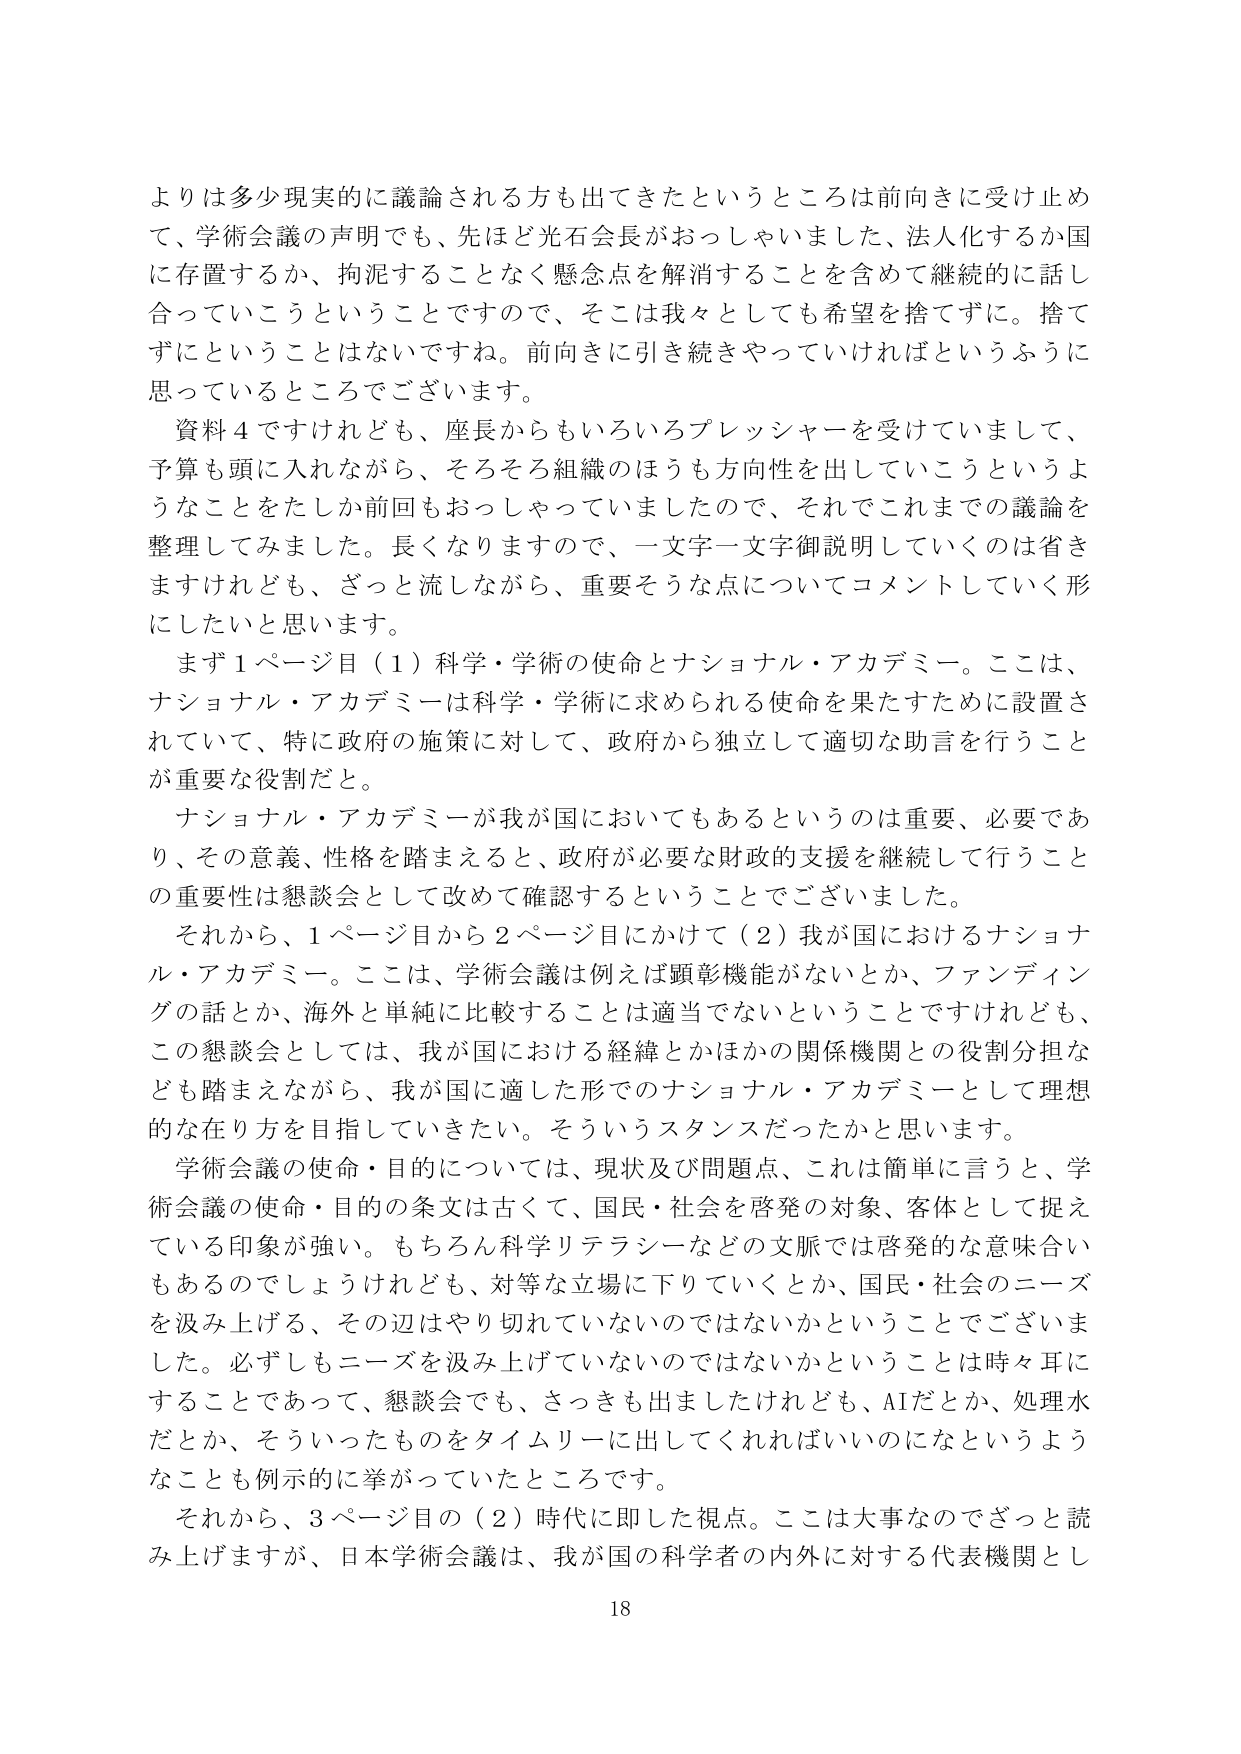
よりは多少現実的に議論される方も出てきたというところは前向きに受け止め
て、学術会議の声明でも、先ほど光石会長がおっしゃいました、法人化するか国
に存置するか、拘泥することなく懸念点を解消することを含めて継続的に話し
合っていこうということですので、そこは我々としても希望を捨てずに。捨て
ずとということはないですね。前向きに引き続きやっていければというふうに
思っているところでございます。
資料４ですけれども、座長からもいろいろプレッシャーを受けていまして、
予算も頭に入れながら、そろそろ組織のほうも方向性を出していこうというよ
うなことをたしか前回もおっしゃっていましたので、それでこれまでの議論を
整理してみました。長くなりますので、一字字一字字御説明していくのは省き
ますけれども、ざっと流しながら、重要そうな点についてコメントしていく形
にしたいと思います。
まず１ページ目（１）科学・学術の使命とナショナル・アカデミー。ここは、
ナショナル・アカデミーは科学・学術に求められる使命を果たすために設置さ
れていて、特に政府の施策に対して、政府から独立して適切な助言を行うこと
が重要な役割だと。
ナショナル・アカデミーが我が国においてもあるというのは重要、必要であ
り、その意義、性格を踏まえると、政府が必要な財政的支援を継続して行うこと
の重要性は懇談会として改めて確認するということでございました。
それから、１ページ目から２ページ目にかけて（２）我が国におけるナショナ
ル・アカデミー。ここは、学術会議は例えば顕彰機能がないとか、ファンディン
グの話とか、海外と単純に比較することは適当でないということですけれども、
この懇談会としては、我が国における経緯とかほかの関係機関との役割分担な
ども踏まえながら、我が国に適した形でのナショナル・アカデミーとして理想
的な在り方を目指していきたい。そういうスタンスだったかと思います。
学術会議の使命・目的については、現状及び問題点、これは簡単に言うと、学
術会議の使命・目的の条文は古くて、国民・社会を啓発の対象、客体として捉え
ている印象が強い。もちろん科学リテラシーなどの文脈では啓発的な意味合い
もあるのでしょうけれども、対等な立場に下りていくとか、国民・社会のニーズ
を汲み上げる、その辺はやり切れていないのではないかということでございま
した。必ずしもニーズを汲み上げていないのではないかということは時々耳に
することであって、懇談会でも、さっきも出ましたけれども、AIだとか、処理水
だとか、そういったものをタイムリーに出してくれればいいのになというよう
なことも例示的に挙がっていたところです。
それから、３ページ目の（２）時代に即した視点。ここは大事なのでざっと読
み上げますが、日本学術会議は、我が国の科学者の内外に対する代表機関とし
18